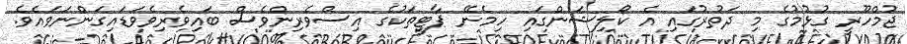
ޖުމްހޫރީ ގުޅުމުގެ މި ދަތުރުގައި އެ ކޯލިޝަންގައި ހިމެނޭ ޕާޓީތަކުގެ އިސްވެރިންވެސް ބައިވެރިވެވަޑައިގަންނަވައެވެ.